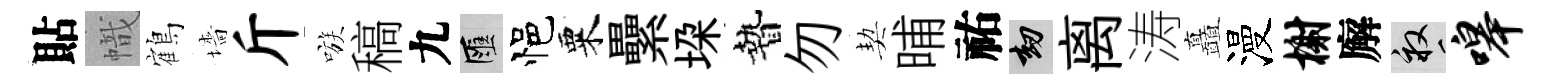
貼幟鶴墻斤嗾稿九匯悒粟纍垜贄勿契晡祐劫离涛矗漫榭廨畝嗥